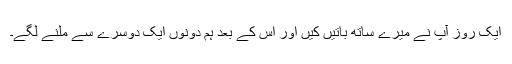
ایک روز آپ نے میرے ساتھ باتیں کیں اور اس کے بعد ہم دونوں ایک دوسرے سے ملنے لگے۔